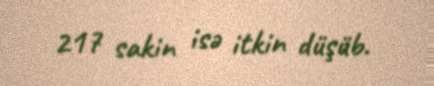
217 sakin isə itkin düşüb.